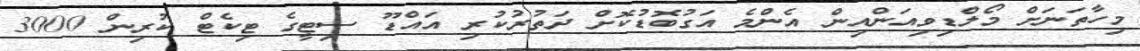
މިހާތަނަށް މޯލްޑިވިއަންއިން އެންމެ އަގުބޮޑުކޮށް ދަތުރުކުރި އައްޑޫ ސިޓީގެ ޓިކެޓް ކުރިން 3000